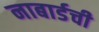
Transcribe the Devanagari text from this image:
नाबार्डची